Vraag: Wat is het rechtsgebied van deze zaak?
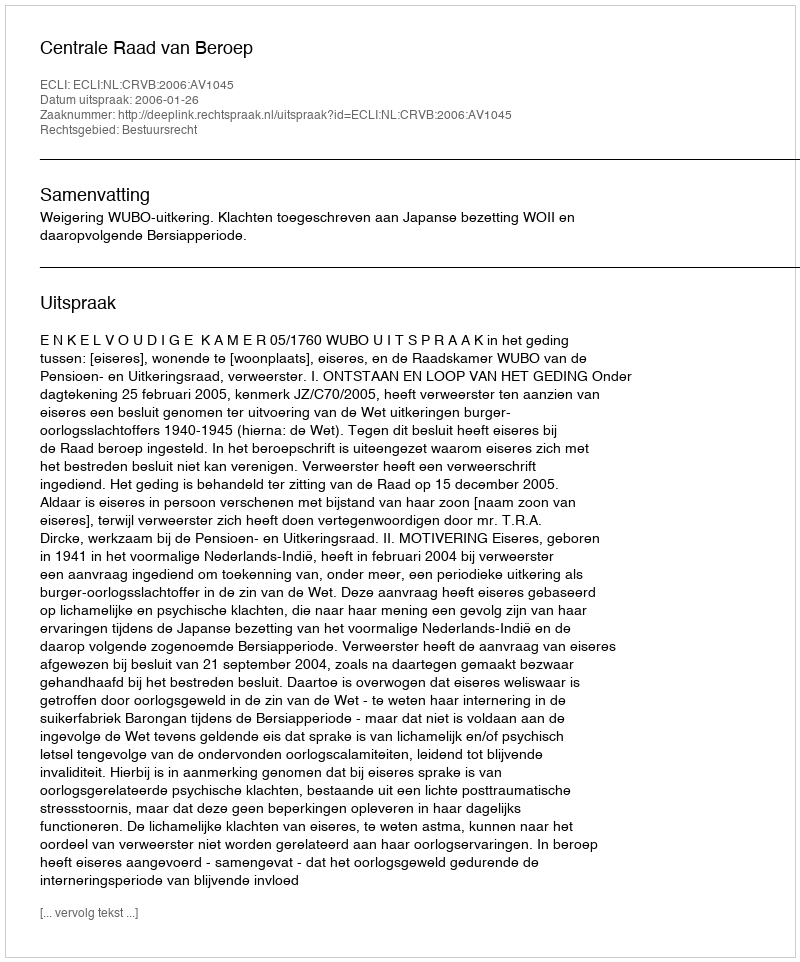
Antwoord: Bestuursrecht